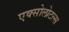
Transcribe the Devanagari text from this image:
एक्सोलोटल्स